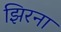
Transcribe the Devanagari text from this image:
झिरना